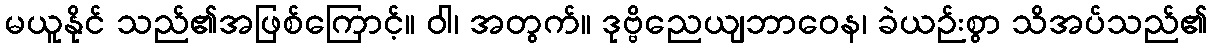
မယူနိုင် သည်၏အဖြစ်ကြောင့်။ ဝါ၊ အတွက်။ ဒုဗ္ဗိညေယျဘာဝေန၊ ခဲယဉ်းစွာ သိအပ်သည်၏